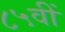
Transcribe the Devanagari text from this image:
८५वीं